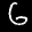
Label: 6